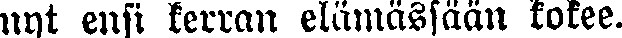
nyt ensi kerran elämässään kokee.